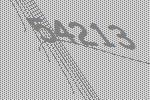
54213